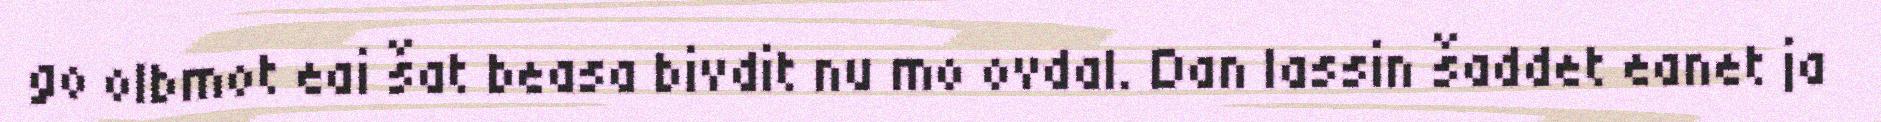
go olbmot eai šat beasa bivdit nu mo ovdal. Dan lassin šaddet eanet ja